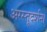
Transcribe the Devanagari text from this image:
अरस्तूदर्शन।